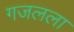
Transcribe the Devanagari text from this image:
गजलला